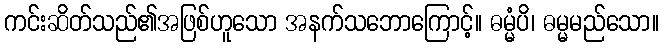
ကင်းဆိတ်သည်၏အဖြစ်ဟူသော အနက်သဘောကြောင့်။ ဓမ္မံပိ၊ ဓမ္မမည်သော။